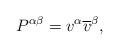
LaTeX: \begin{align*}P^{\alpha \beta }=v^{\alpha }\overline{v}^{\beta },\end{align*}